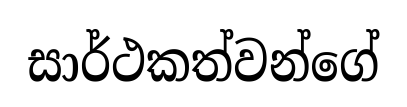
සාර්ථකත්වන්ගේ